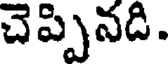
చెప్పినది.